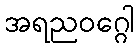
အရညဝဂ္ဂေါ